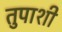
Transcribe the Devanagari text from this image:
तुपाशी